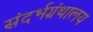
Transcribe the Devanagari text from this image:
संदर्भग्रंथालय